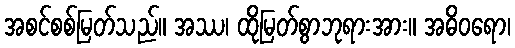
အစင်စစ်မြတ်သည်။ အဿ၊ ထိုမြတ်စွာဘုရားအား။ အဓိဝရော၊